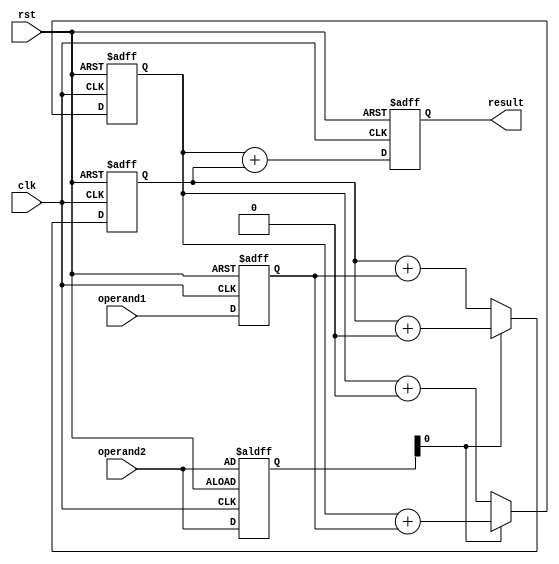
module Radix4Multiplier (
    input wire clk,
    input wire rst,
    input wire [15:0] operand1,
    input wire [15:0] operand2,
    output reg [31:0] result
);

reg [15:0] a, b;
reg [31:0] partial_product1, partial_product2; 

// Radix-4 Booth Encoder
always @(posedge clk or posedge rst) begin
    if(rst) begin
        a <= 16'b0;
        b <= operand2;
    end else begin
        a <= operand1;
        b <= operand2;
    end
end

always @(posedge clk or posedge rst) begin
    if(rst) begin
        partial_product1 <= 32'b0;
        partial_product2 <= 32'b0;
    end else begin
        // Booth Encoding Technique to generate partial products
        if(b[0] == 1'b1) begin
            partial_product1 <= partial_product1 + (a << 0);
        end else begin
            partial_product1 <= partial_product1 + 0;
        end

        if(b[0] == 1'b0) begin
            partial_product2 <= partial_product2 + (a << 0);
        end else begin
            partial_product2 <= partial_product2 + 0;
        end
        
        // perform other Booth Encoding operations here
    end
end

// Radix-4 Booth Encoder Controller
always @(posedge clk or posedge rst) begin
    if(rst) begin
        result <= 32'b0;
    end else begin
        // add all the partial products together to get the final result
        result <= partial_product1 + partial_product2;
    end
end

endmodule